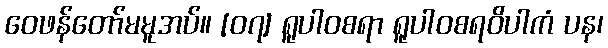
ဝေဖန်တော်မမူအပ်။ [၀၇] ရူပါဝစရာ ရူပါဝစရဝိပါကံ ပန၊